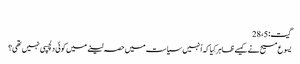
‏
گیت:‏ 5،‏ 28
یسوع مسیح نے کیسے ظاہر کِیا کہ اُنہیں سیاست میں حصہ لینے میں کوئی دلچسپی نہیں تھی؟